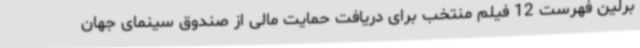
برلین فهرست 12 فیلم منتخب برای دریافت حمایت مالی از صندوق سینمای جهان